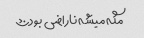
مگه میشه ناراضی بود؟؟؟